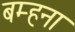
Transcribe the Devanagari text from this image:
बम्‍हना